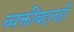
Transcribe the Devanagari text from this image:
व्यक्तींबद्दलही